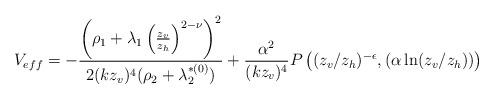
LaTeX: \begin{align*}V_{eff} = -\frac{ \left( \rho_1 + \lambda_1 \left(\frac{z_v}{z_h} \right)^{2-\nu} \right)^2}{2 (kz_v)^4 (\rho_2 + \lambda_2^{*(0)})} + \frac{\alpha^2}{(k z_v)^4} P \left( (z_v/z_h)^{-\epsilon}, \left( \alpha \ln (z_v/z_h) \right) \right)\end{align*}